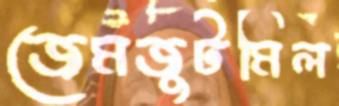
জেমজুটমিল